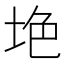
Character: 𱖥